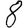
Digit: 8